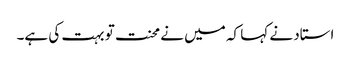
استاد نے کہا کہ میں نے محنت تو بہت کی ہے۔